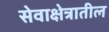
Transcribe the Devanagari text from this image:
सेवाक्षेत्रातील